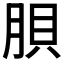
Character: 𱼉